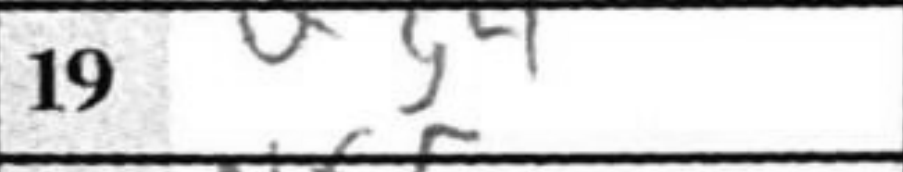
Transcription: Qg4